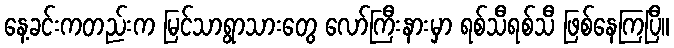
နေ့ခင်းကတည်းက မြင်သာရွာသားတွေ လော်ကြီးနားမှာ ရစ်သီရစ်သီ ဖြစ်နေကြပြီ။